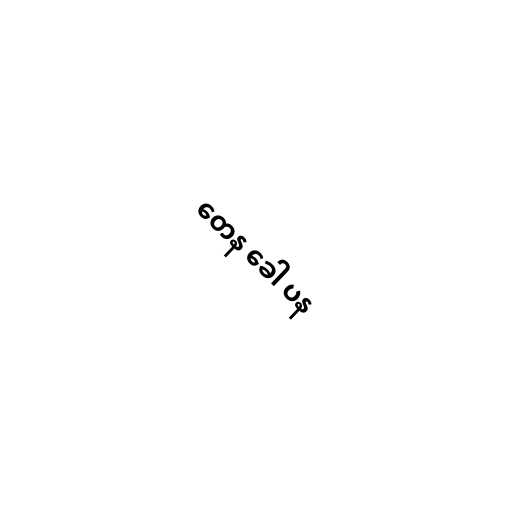
တေန ခေါ ပန